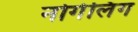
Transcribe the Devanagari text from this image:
नोर्गेलिंग